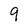
Character: 9